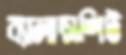
ব্যালান্সশিট